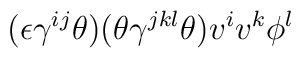
(\epsilon \gamma^{ij} \theta ) (\theta\gamma^{jkl} \theta ) v^i v^k \phi^l